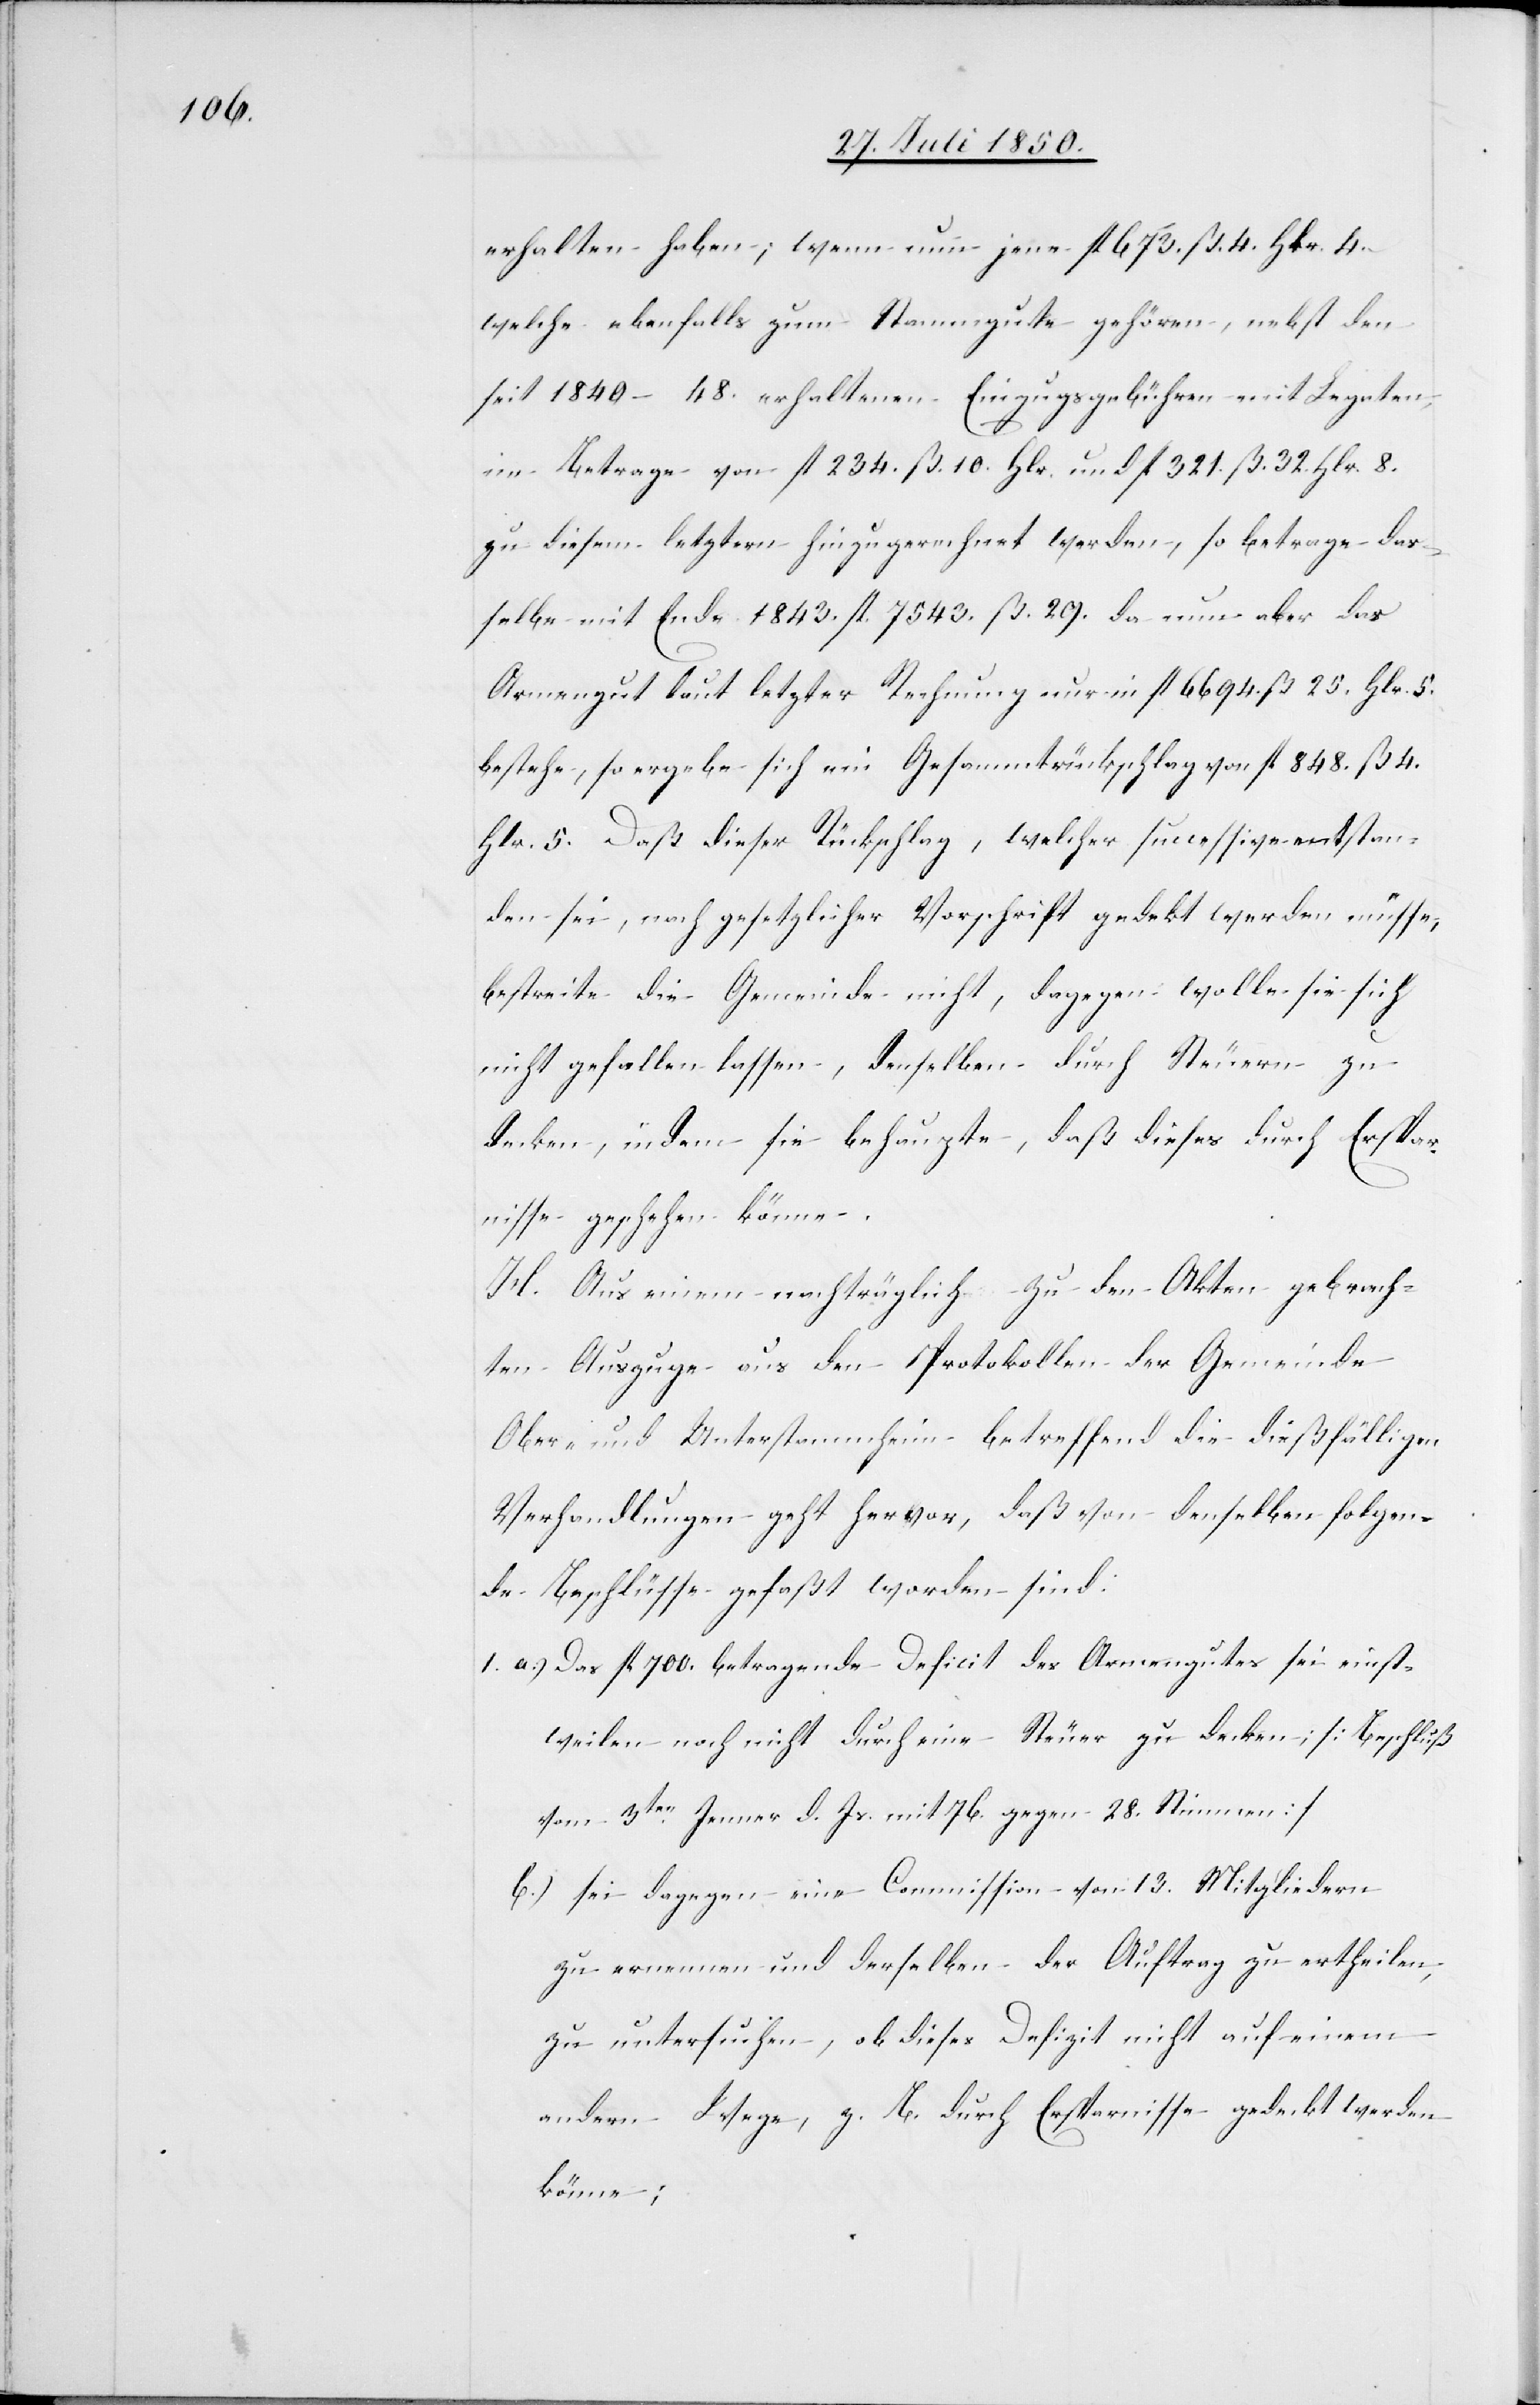
erhalten haben; wenn nun jene fl 673. ß. 4. Hlr. 4.
welche ebenfalls zum Stammgute gehören, nebst den
seit 1840–48. erhaltenen Einzugsgebühren mit Legaten,
im Betrage von fl 234. ß. 10. [?] Hlr. und fl 321. ß. 32. Hlr. 8.
zu diesem letztern hinzugerechnet werden, so betrage das¬
selbe mit Ende 1843. fl. 7543. ß. 29. da nun aber das
Armengut laut letzter Rechnung nur in fl 6694. ß. 25. Hlr. 5.
bestehe, so ergebe sich ein Gesammtrückschlag von fl 848. ß. 4.
Hlr. 5. Daß dieser Rückschlag, welcher successive entstan¬
den sei, nach gesetzlicher Vorschrift gedekt werden müsse,
bestreite die Gemeinde nicht, dagegen wolle sie sich
nicht gefallen lassen, denselben durch Steuern zu
decken, indem sie behaupte, daß dieses durch Erspar¬
nisse geschehen könne.
H. Aus einem nachträglich zu den Akten gebrach¬
ten Auszuge aus den Protokollen der Gemeinde
Ober- und Unterstammheim betreffend die dießfälligen
Verhandlungen geht hervor, daß von denselben folgen¬
de Beschlüsse gefaßt worden sind:
1. a.) Das fl 700. betragende Deficit des Armengutes sei einst¬
weilen noch nicht durch eine Steuer zu decken; [Beschluß
vom 3ten Jenner d. Js. mit 76. gegen 28. Stimmen]
b.) sei dagegen eine Commission von 13. Mitgliedern
zu ernennen und derselben der Auftrag zu ertheilen,
zu untersuchen, ob dieses Defizit nicht auf einem
andern Wege, z. B. durch Ersparnisse gedeckt werden
könne;